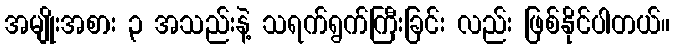
အမျိုးအစား ၃ အသည်းနဲ့ သရက်ရွက်ကြီးခြင်း လည်း ဖြစ်နိုင်ပါတယ်။